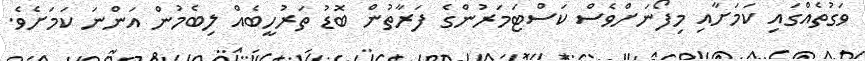
ވަގުތެއްގައި ކަމަށާއި މިފޯނަށްވެސް ކަސްޓަމަރުންގެ ފަރާތުން ބޮޑު ތަރުހީބެއް ލިބެމުން އަންނަ ކަމަށެވެ.